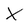
Character: X